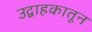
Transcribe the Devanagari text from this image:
उद्वाहकातून